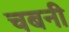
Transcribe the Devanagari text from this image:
चबनी